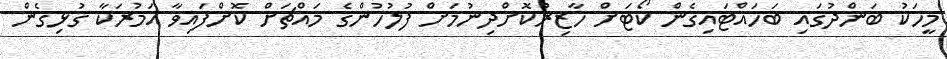
މީހަކު ބަންދުގައި ބަހައްޓައިގެން ކޯޓަށް ހާޒިރުކޮށްދިނުމަށް ފުލުހުންގެ މައްޗަށް ކޮށްފައިވާ އަމުރަކާ ގުޅިގެން